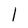
Character: 1